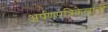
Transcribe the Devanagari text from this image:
अर्पणपत्रिकेखाली